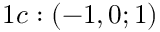
1 c : ( - 1 , 0 ; 1 )